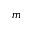
m